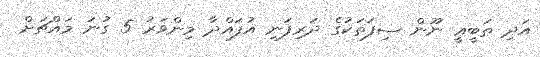
އަދި ޠަބީޢީ ނޫން ސިފަތަކުގެ ދަރިފަނި އުފައްދާ މިންވަރު 5 ގުނަ މައްޗަށް